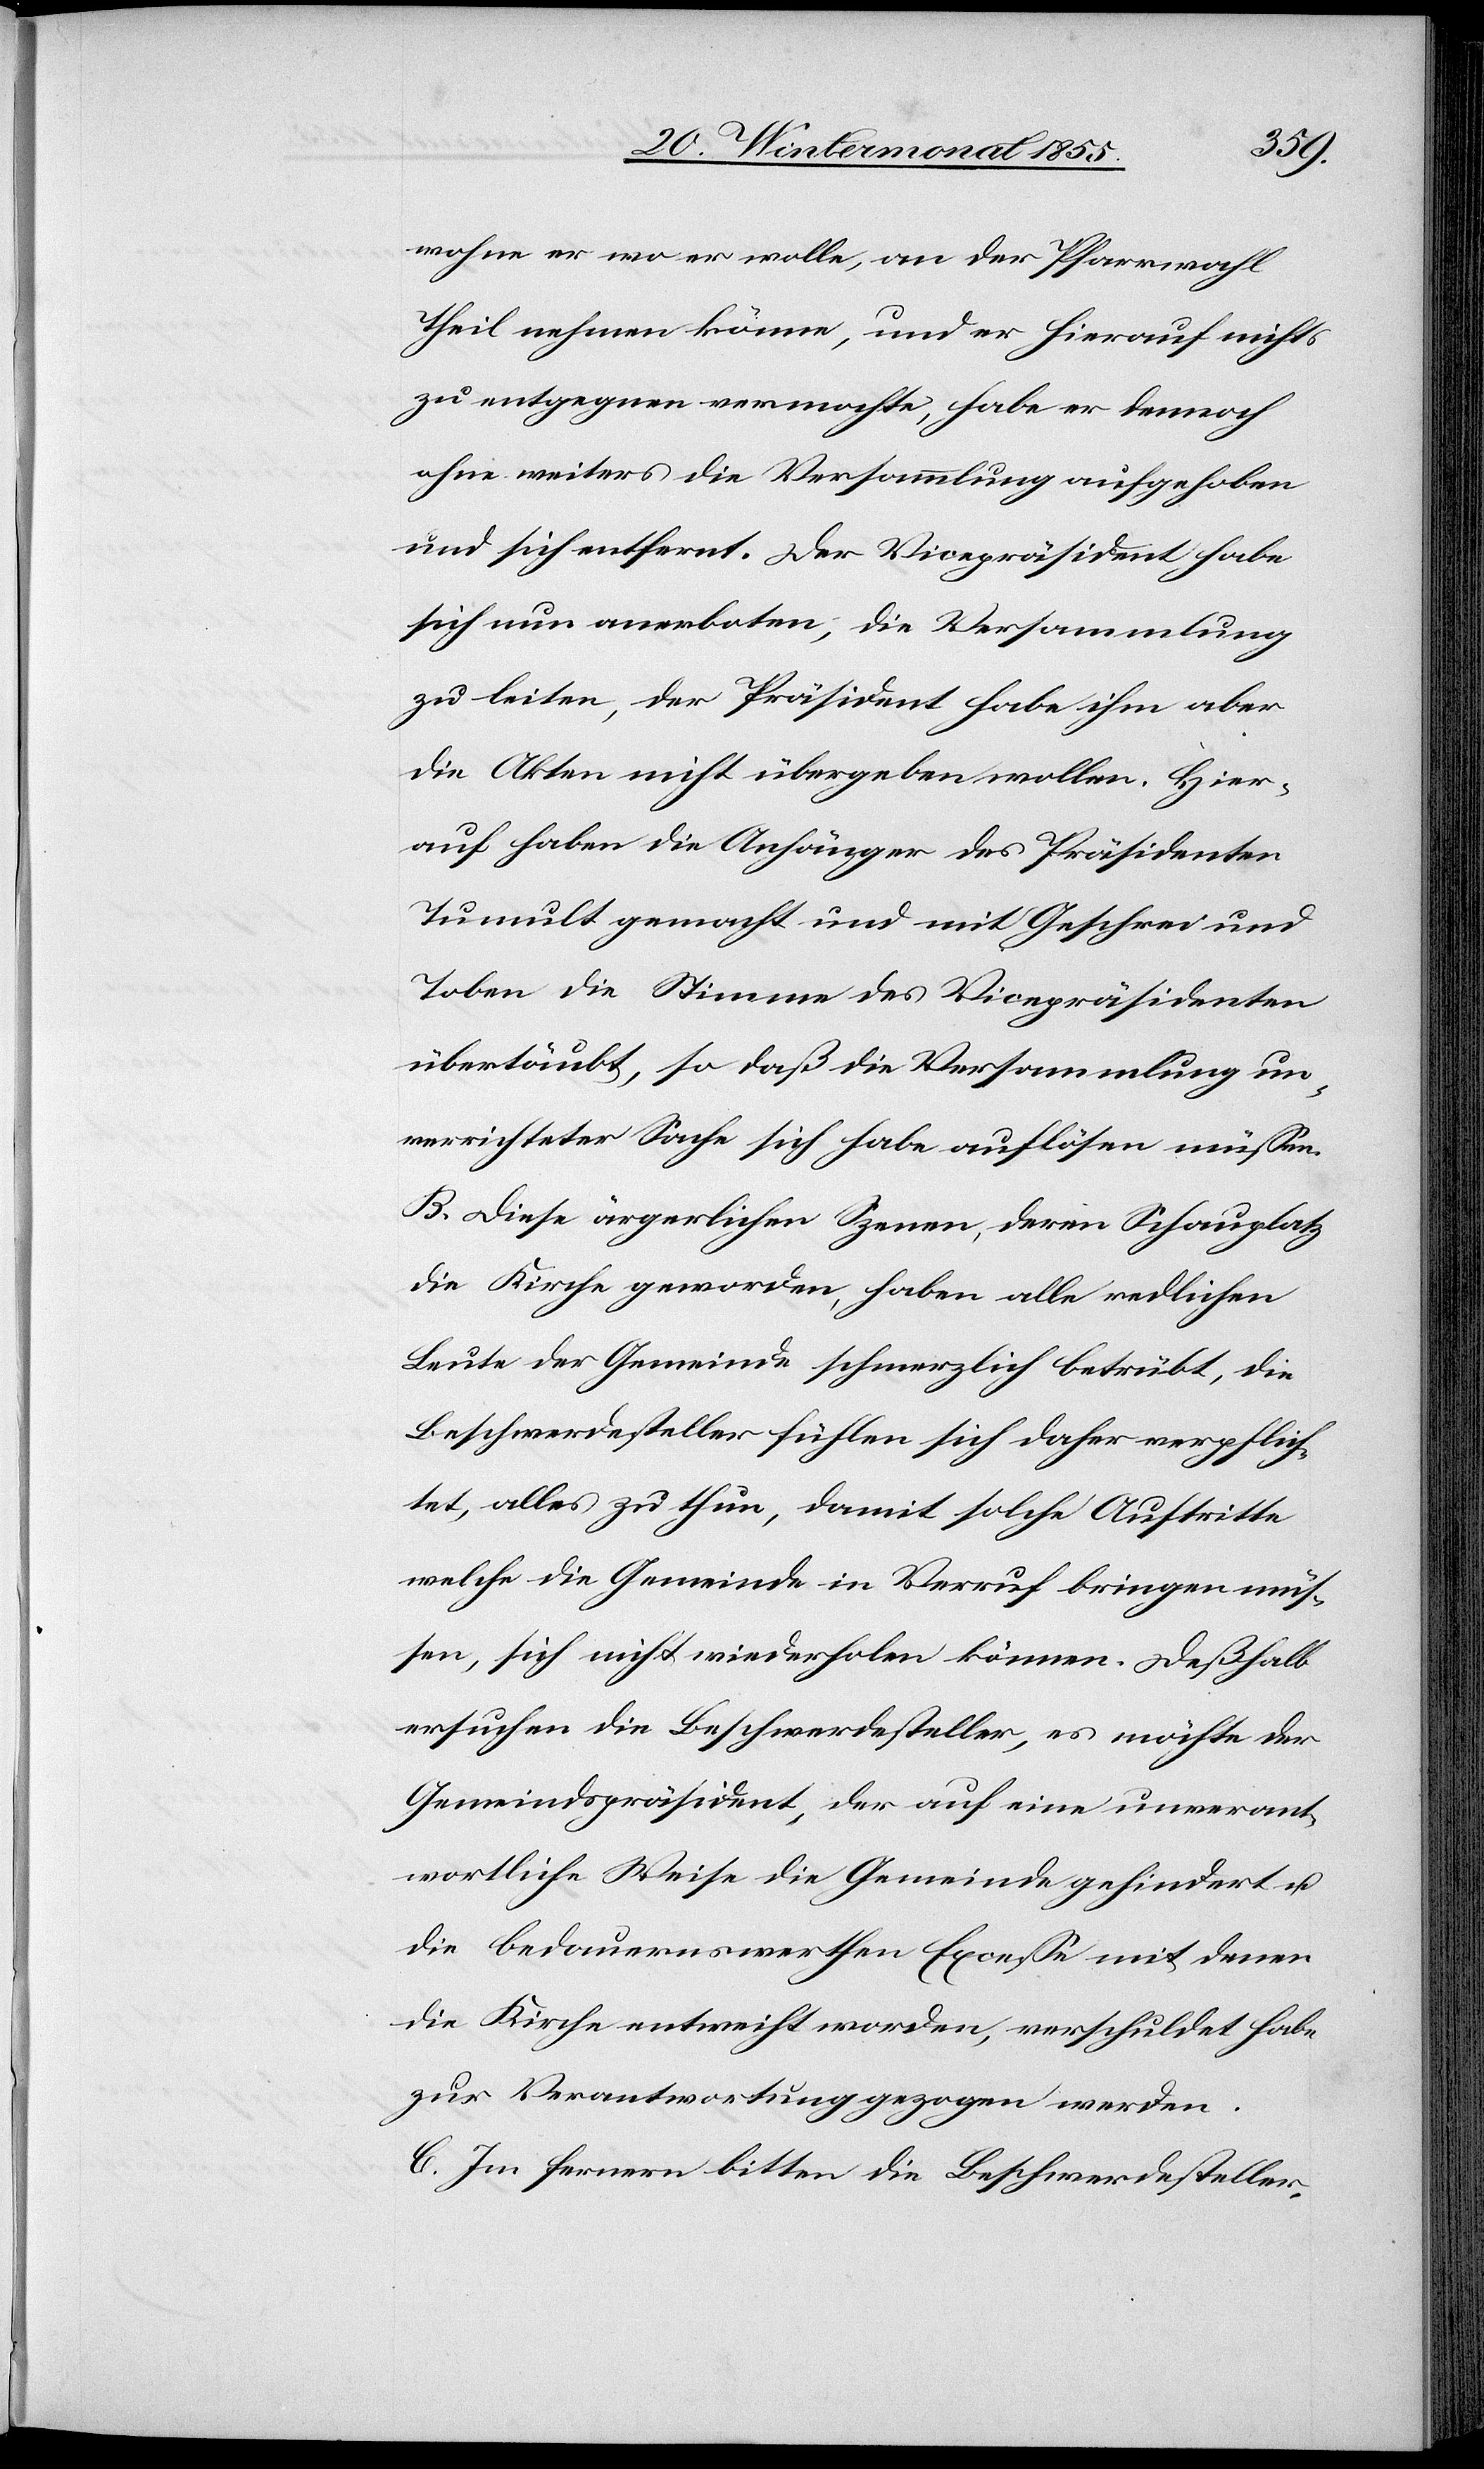
wohne er wo er wolle, an der Pfarrwahl
Theil nehmen könne, und er hierauf nichts
zu entgegnen vermochte, habe er dennoch
ohne weiters die Versammlung aufgehoben
und sich entfernt. Der Vicepräsident habe
sich nun anerboten, die Versammlung
zu leiten, der Präsident habe ihm aber
die Akten nicht übergeben wollen. Hier¬
auf haben die Anhänger des Präsidenten
Tumult gemacht und mit Geschrei und
Toben die Stimme des Vicepräsidenten
übertäubt, so daß die Versammlung un¬
verrichteter Sache sich habe auflösen müssen.
B. Diese ärgerlichen Szenen, deren Schauplatz
die Kirche geworden, haben alle redlichen
Leute der Gemeinde schmerzlich betrübt, die
Beschwerdesteller fühlen sich daher verpflich¬
tet, alles zu thun, damit solche Auftritte
welche die Gemeinde in Verruf bringen müs¬
sen, sich nicht wiederholen können. Deßhalb
ersuchen die Beschwerdesteller, es möchte der
Gemeindspräsident, der auf eine unverant¬
wortliche Weise die Gemeinde gehindert u.
die bedauernswerthen Excesse mit denen
die Kirche entweiht worden, verschuldet habe
zur Verantwortung gezogen werden.
C. Im fernern bitten die Beschwerdesteller,